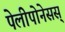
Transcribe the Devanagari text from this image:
पेलीपोनेसस्‌